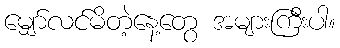
မျှော်လင်မိတဲ့နေ့တွေ အများကြီးပါ။